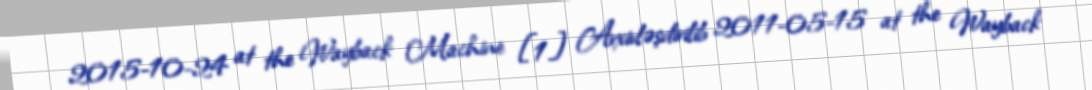
2015-10-24 at the Wayback Machine [1] Arxivləşdirilib 2011-05-15 at the Wayback